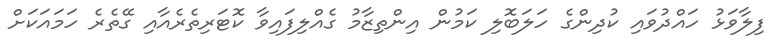
ފިލާވަޅު ހައްދުވައި ކުދިންގެ ހަލަބޮލި ކަމުން އިންތިޒާމު ގެއްލިފައިވާ ކޮޓަރިތެރެއާއި ގޭތެރެ ހަމައަކަށް